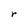
Character: r